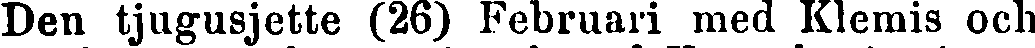
Den tjugusjette (26) Februari med Klemis och